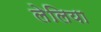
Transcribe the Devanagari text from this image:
लेलिया